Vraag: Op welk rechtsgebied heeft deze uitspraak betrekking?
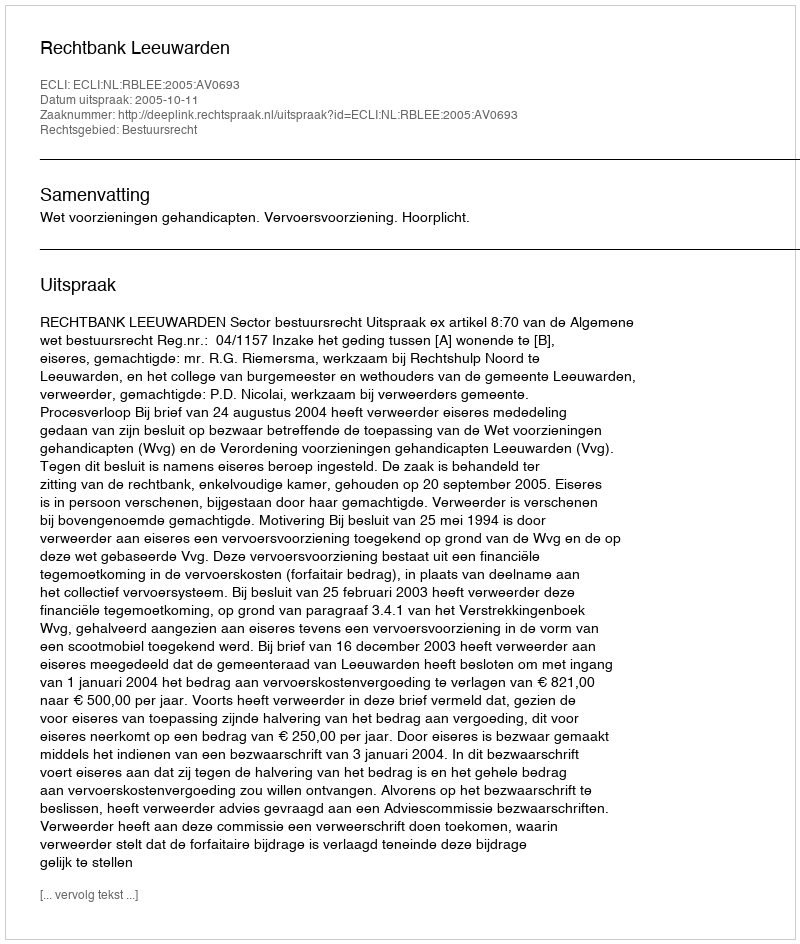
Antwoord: Bestuursrecht